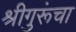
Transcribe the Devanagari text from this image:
श्रीगुरूंचा